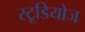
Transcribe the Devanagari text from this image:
स्‍टूडियोज